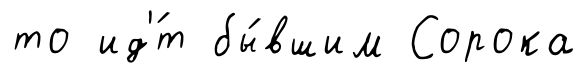
то ид'́т бы́вшим Сорока